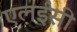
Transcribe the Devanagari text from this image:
एलईसी